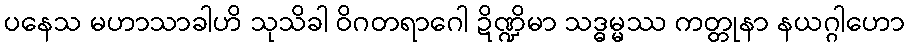
ပနေသ မဟာသာခါဟိ သုသိခါ ဝိဂတရာဂေါ ဍိဏ္ဍိမာ သဒ္ဓမ္မဿ ကတ္တုနာ နယဂ္ဂါဟော